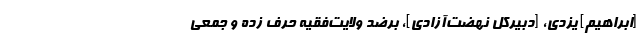
[ابراهیم] یزدی، [دبیرکل نهضت‌آزادی]، برضد ولایت‌فقیه حرف زده و جمعی